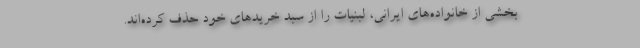
بخشی از خانواده‌های ایرانی، لبنیات را از سبد خریدهای خود حذف کرده‌اند.